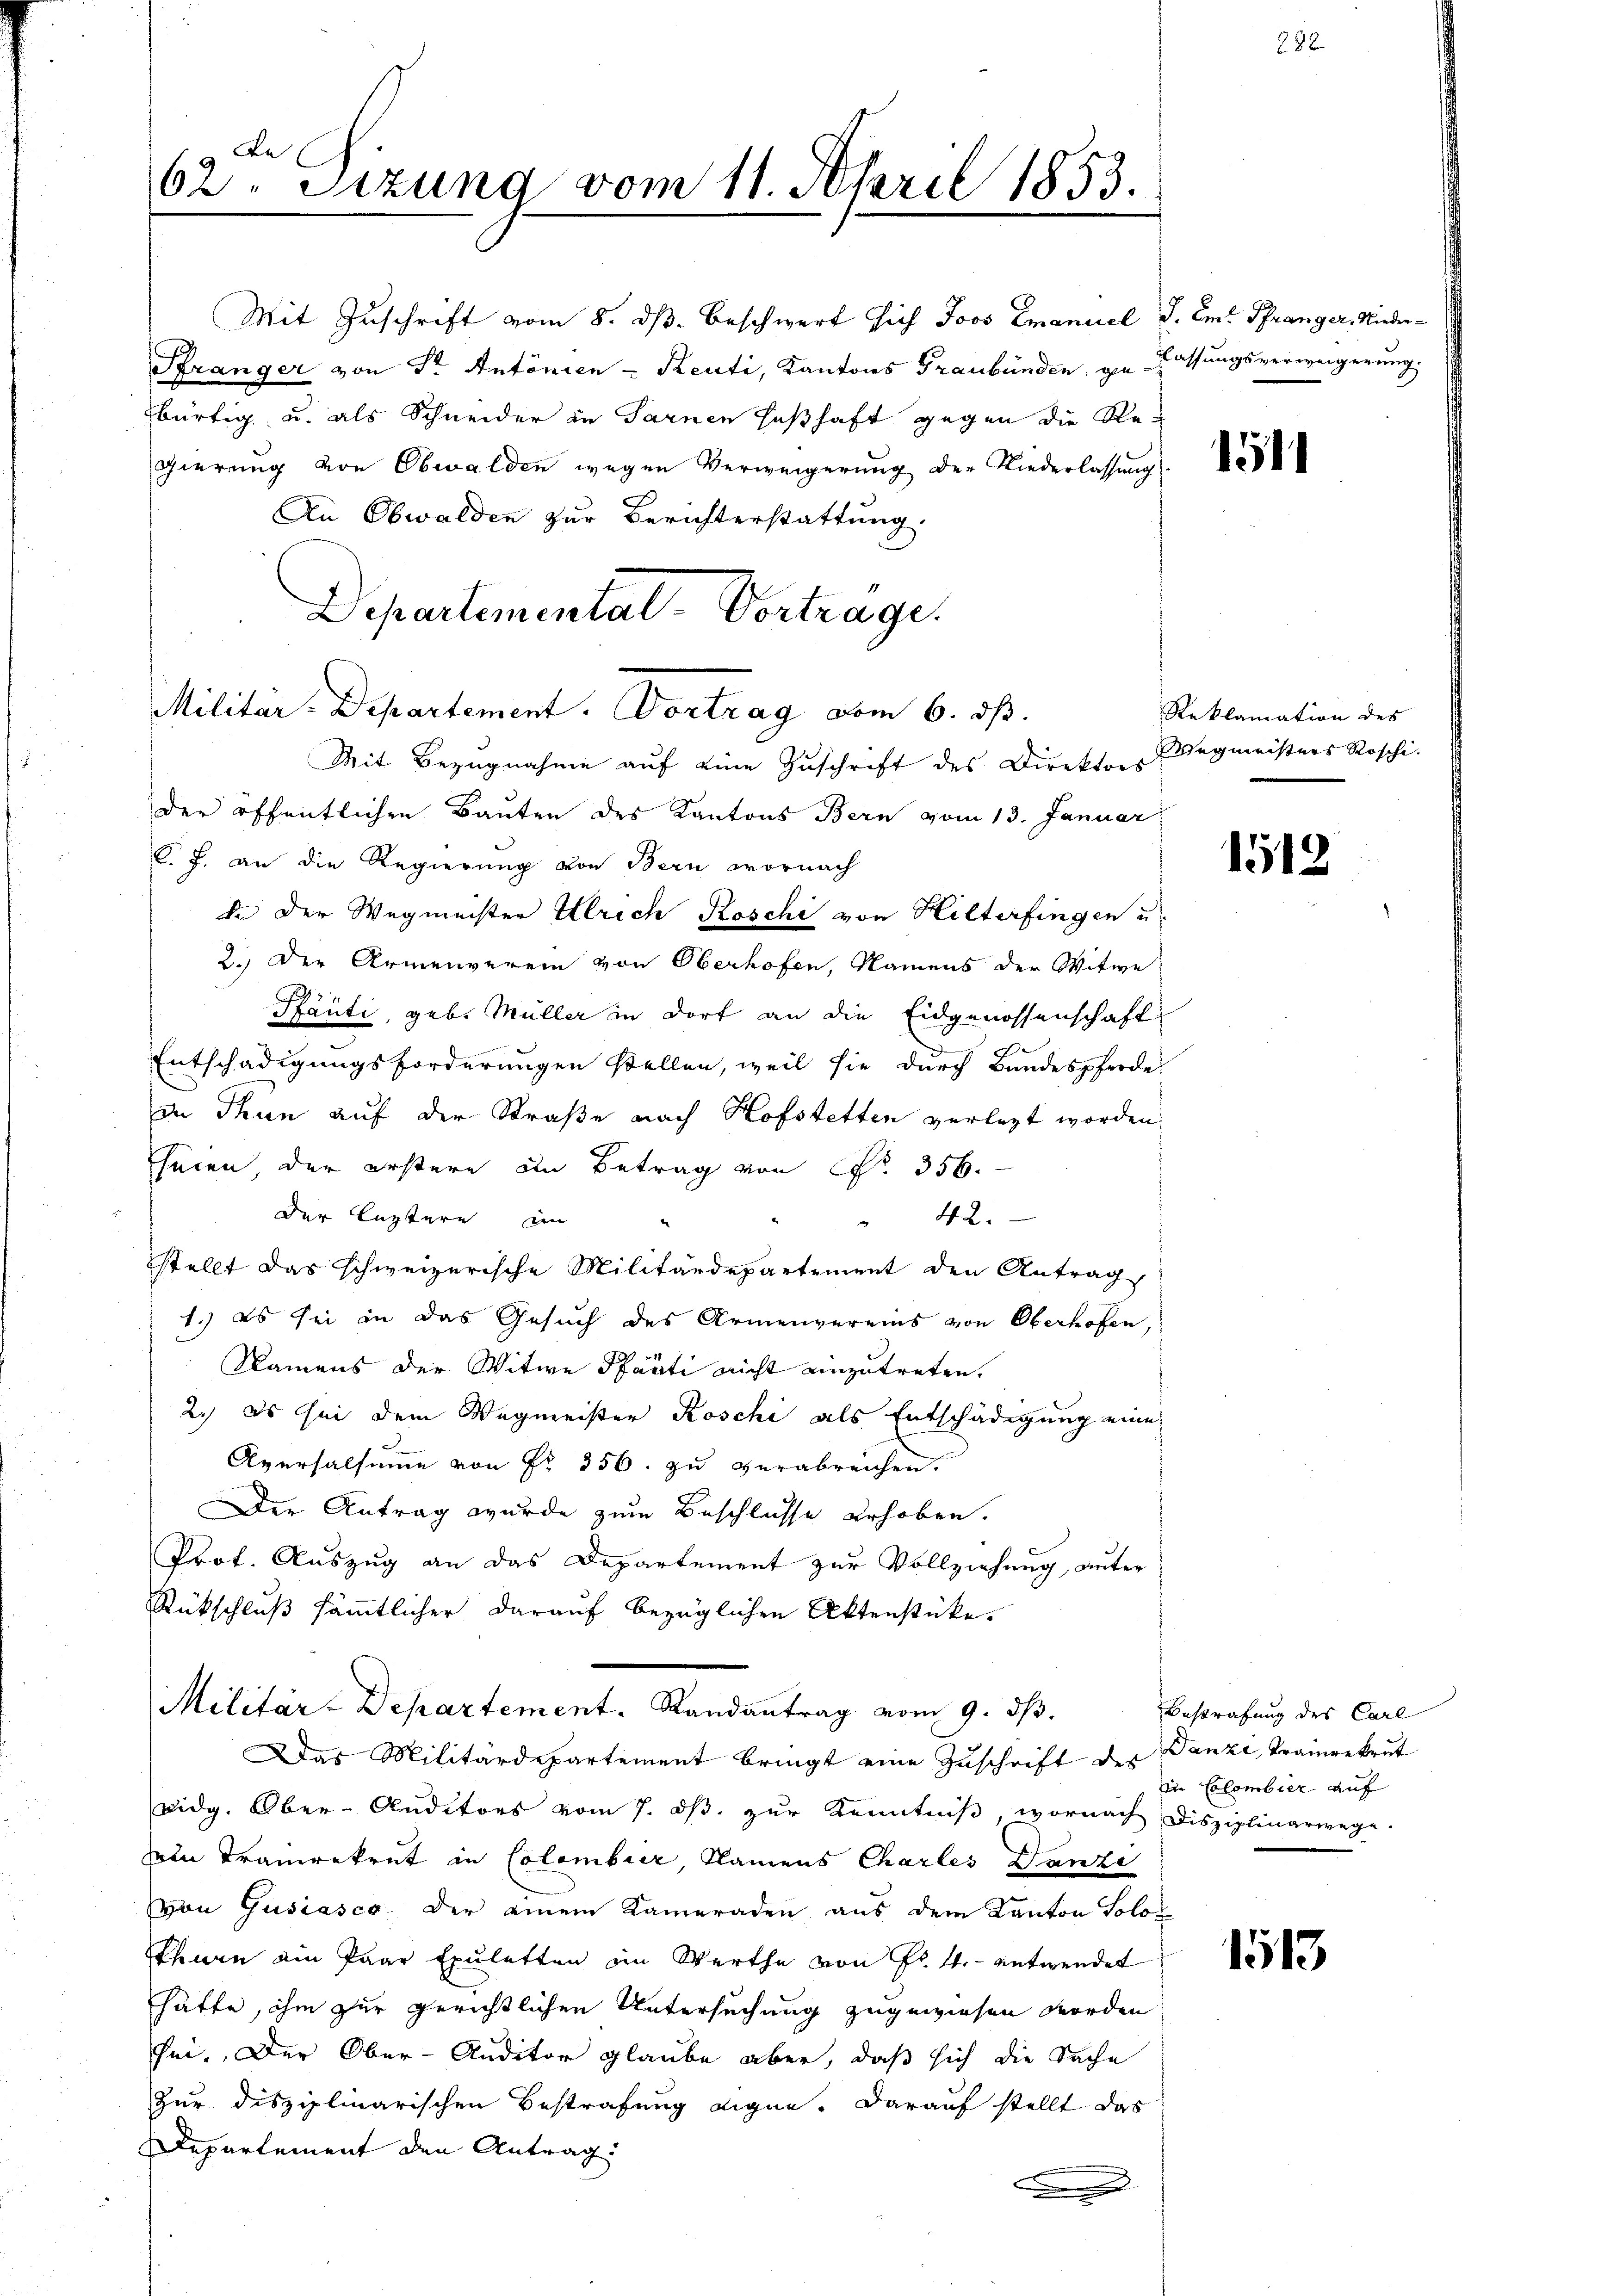
De
62. Sitzung vom 11. April 1853.
n

Militar-Departement. Vortrag vom 6. dß.
Mit Bezugnahme auf eine Zuschrift des Direktors

Mit Zuschrift vom 8. dß. Beschwert sich Joos Emanuel S. Ex. Pranger, Nieder¬
Pränger von Sr. Antonien - Renti, Kantons Graubünden, gelassungsverweigerung.
bürtig u. als Schneider in Sarnen seßhaft gegen die Regierung von Obwalden wegen Verweigerung der Niederlassung
An Obwalden zur Berichterstattung.
Departemental-Vortrage.

der öffentlichen Bauten des Kantons Bern vom 13. Januar
C. J. an die Regierung von Bern wornach
d. Der Wegmeister Ulrich Roschi von Hilterfingen u.
2.) Der Armenverein von Oberhofen, Namens der Witwe
Pfänti, geb. Müller in dort an die Eidgenossenschaft
Entschädigungsforderungen stellen, weil sie durch Bandespferde
in Thun auf der Straße nach Hofstetten verlegt worden,
heien, der erstere in Betrag von Fr. 356.
der leztern in
" 42.
stellt das schweizerische Militärdepartement den Antrag
1.) Es sei in das Gesuch des Armenvereins von Oberhofen,
Namens der Witwe Parti nicht einzutreten,
2.) Es sei dem Wegmeister Roschi als Entschädigung eine
Aversalsume von Fr. 356. zu verabreichen.
Der Antrag wurde zum Beschlüsse erhoben.
Prof. Auszug an das Departement zur Vollziehung, unter
Rückschluß sämmtlicher darauf bezüglichen Aktenstücke.
Militär-Departement. Randantrag vom 9. dβ.
Das Militärdepartement bringt eine Zuschrift der Danzi Trainrekrut
eidg. Ober-Auditors vom 7. dβ zŭr Kenntniβ, wornach Disziplinarwege.
Den Tranrekrut in Colombier, Namens Charles Danze
von Gusiasco der einem Kameraden aus dem Kanton Solo-
thurn ain Paar Exuletten in Werthe von Fr. 4. entwendet
hätte, ihm zur gerichtlichen Untersuchung zugewiesen worden
sei. Der Ober-Auditor glaube aber, daß sich die Sache
Zur disziplinarischen Bestrafung eigne. Darauf stellt das
Departement den Antrag
x

288.

151

Reklamation des
egmeisters Roschi

1519

1513

Bestrafung des Carl
in Colombier auf